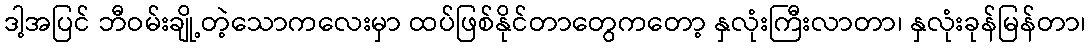
ဒါ့အပြင် ဘီဝမ်းချို့တဲ့သောကလေးမှာ ထပ်ဖြစ်နိုင်တာတွေကတော့ နှလုံးကြီးလာတာ၊ နှလုံးခုန်မြန်တာ၊